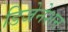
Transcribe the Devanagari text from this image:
डिजेनेशन